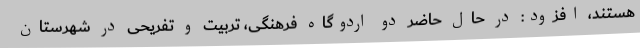
هستند، افزود: در حال حاضر دو اردوگاه فرهنگی، تربیت و تفریحی در شهرستان